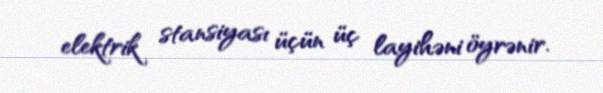
elektrik stansiyası üçün üç layihəni öyrənir.